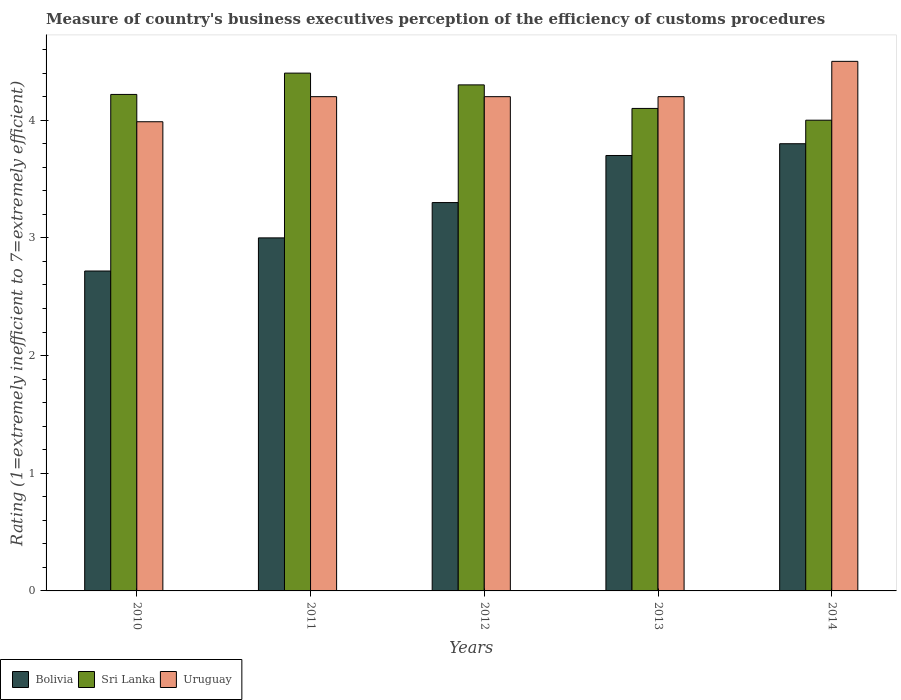
| Years | Bolivia | Sri Lanka | Uruguay |
 | --- | --- | --- | --- |
 | 2010 | 2.72 | 4.22 | 3.99 |
 | 2011 | 3 | 4.4 | 4.2 |
 | 2012 | 3.3 | 4.3 | 4.2 |
 | 2013 | 3.7 | 4.1 | 4.2 |
 | 2014 | 3.8 | 4 | 4.5 |